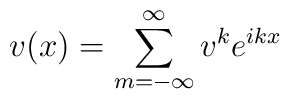
v(x)=\sum_{m=-\infty }^{\infty }v^{k}e^{ikx}